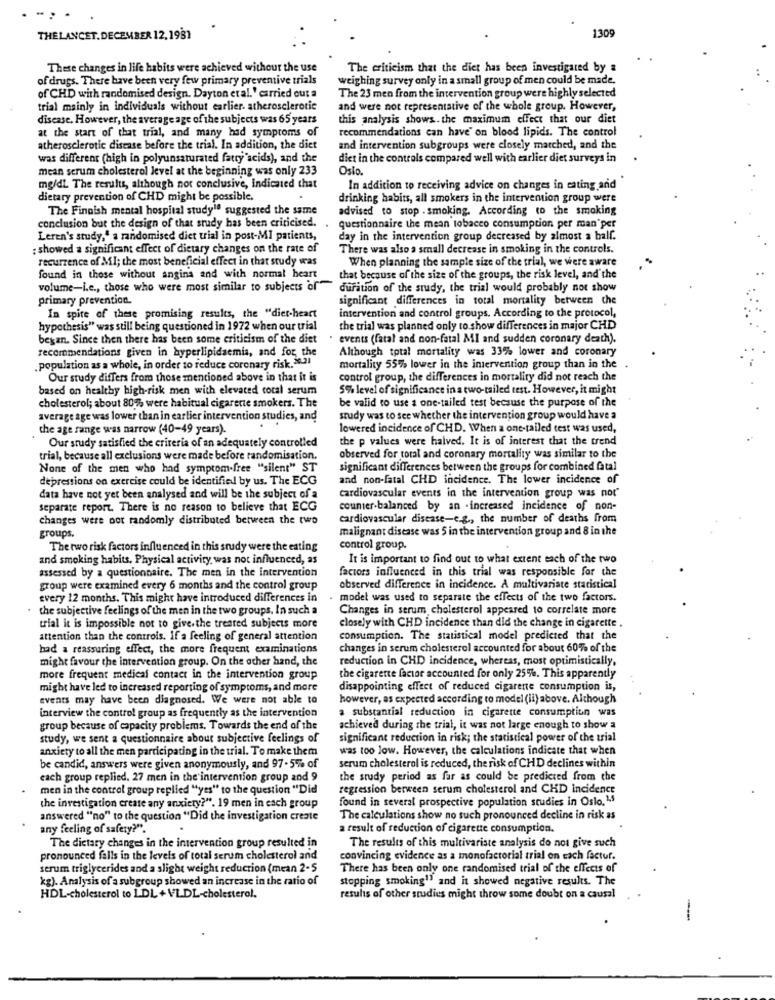
1309
THELANCET.DECEMBER 12,1981
These changes in life habits were achieved without the use
The criticism that the diet has been investigated by a
of drugs. There have been very few primary preventive trials
weighing survey only in a small group of men could be made.
of CHD with randomised design. Dayton etal.' carried out a
The 23 men from the intervention group were highly selected
trial mainly in individuals without earlier atherosclerotic
and were not representative of the whole group. However,
disease. However, the average age of the subjects was 65 years
this analysis shows. the maximum effect that our diet
at the start of that trial, and many had symptoms of
recommendations can have' on blood lipids. The control
atherosclerotic disease before the trial. In addition, the diet
and intervention subgroups were closely matched, and the
was different (high in polyunsaturated fatty acids), and the
diet in the controls compared well with earlier diet surveys in
mean serum cholesterol level at the beginning was only 233
Oslo.
mg/dl The results, although not conclusive, Indicated that
In addition to receiving advice on changes in eating and
dietary prevention of CHD might be possible.
drinking habits, all smokers in the intervention group were
The Finnish mental hospital studyle suggested the same
advised to stop . smoking. According to the smoking
conclusion but the design of that study has been criticised.
questionnaire the mean tobacco consumption per man per
Leren's study," a randomised diet trial in post-MI patients,
day in the intervention group decreased by almost a half.
: showed a significant effect of dietary changes on the rate of
There was also a small decrease in smoking in the controls.
recurrence of MI; the most beneficial effect in that study was
When planning the sample size of the trial, we were aware
found in those without angina and with normal heart
that because of the size of the groups, the risk level, and the
volume-i.e ., those who were most similar to subjects of
duration of the study, the trial would probably not show
primary prevention.
significant differences in total mortality between the
In spite of these promising results, the "diet-heart
intervention and control groups. According to the protocol,
hypothesis" was still being questioned in 1972 when our trial
the trial was planned only to show differences in major CHD
began. Since then there has been some criticism of the diet
. events (fatal and non-fatal Ml and sudden coronary death).
recommendations given in hyperlipidsemia, and for the
Although total mortality was 33% lower and coronary
population as a whole, in order to reduce coronary risk. 8.21
mortality 55% lower in the intervention group than in the
Our study differs from those mentioned above in that it is
control group, the differences in mortality did not reach the
based on healthy high-risk men with elevated total serum
5% level of significance in a two-tailed test. However, it might
be valid to use a one-tailed test because the purpose of the
cholesterol; about 80% were habitual cigarette smokers. The
average age was lower than in earlier intervention studies, and
study was to see whether the intervention group would have a
the age range was narrow (40-49 years).
lowered incidence of CHD. When a one-tailed test was used,
the p values were halved. It is of interest that the trend
Our study satisfied the criteria of an adequately controlled
trial, because all exclusions were made before randomisation.
observed for total and coronary mortality was similar to the
None of the men who had symptom-free "silent" ST
significant differences between the groups for combined fatal
depressions on exercise could be identified by us. The ECG
and non-fatal CHD incidence. The lower incidence of
cardiovascular events in the intervention group was not
data have not yet been analysed and will be the subject of a
separate report. There is no reason to believe that ECG
counter-balanced by an -increased incidence of non-
changes were not randomly distributed between the two
cardiovascular disease-e.g ., the number of deaths from
malignant disease was 5 in the intervention group and 8 in the
groups.
The two risk factors influenced in this study were the eating
control group.
and smoking habits. Physical activity, was not influenced, as
It is important to find out to what extent each of the two
assessed by a questionnaire. The men in the intervention
factors influenced in this trial was responsible for the
group were examined every 6 months and the control group
observed difference in incidence. A multivariate statistical
every 12 months. This might have introduced differences in
model was used to separate the effects of the two factors.
. the subjective feelings of the men in the two groups, In such a
Changes in serum cholesterol appeared to correlate more
trial it is impossible not to give.the treated subjects more
closely with CHD incidence than did the change in cigarette.
attention than the controls. If a feeling of general attention
consumption. The statistical model predicted that the
had a reassuring effect, the more frequent examinations
changes in serum cholesterol accounted for about 60% of the
might favour the intervention group. On the other hand, the
reduction in CHD incidence, whereas, most optimistically,
more frequent medical contact in the intervention group
the cigarette factor accounted for only 25%. This apparently
might have led to increased reporting of symptoms, and more
disappointing effect of reduced cigarene consumption is,
events may have been diagnosed. We were not able to
however, as expected according to model (ii) above. Although
a substantial reduction in cigarette consumption was
interview the control group as frequently as the intervention
group because of capacity problems. Towards the end of the
achieved during the trial, it was not large enough to show a
study, we sent a questionnaire about subjective feelings of
significant reduction in risk; the statistical power of the trial
anxiety to all the men participating in the trial. To make them
was too low. However, the calculations indicate that when
be candid, answers were given anonymously, and 97.5% of
serum cholesterol is reduced, the risk of CHD declines within
each group replied. 27 men in the intervention group and 9
the study period as far as could be predicted from che
men in the control group replied "yes" to the question "Did
regression berween serum cholesterol and CHD incidence
the investigation create any anxiety?". 19 men in each group
found in several prospective population studies in Oslo, 1,5
answered "no" to the question "Did the investigation create
The calculations show no such pronounced decline in risk as
any feeling of safety?"."
a result of reduction of cigarette consumption
The dietary changes in the intervention group resulted in
The results of this multivariate analysis do not give such
pronounced falls in the levels of total serum cholesterol and
convincing evidence as a monofactorial trial on each factur.
serum triglycerides and a slight weight reduction (mean 2-5
There has been only one randomised trial of the effects of
kg). Analysis of a subgroup showed an increase in the ratio of
stopping smoking" and it showed negative results. The
HDL-cholesterol to LDL +VLDL-cholesterol.
results of other studies might throw some doubt on a causal